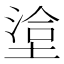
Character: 𭏄